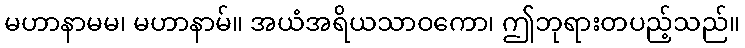
မဟာနာမမ၊ မဟာနာမ်။ အယံအရိယသာဝကော၊ ဤဘုရားတပည့်သည်။